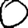
Digit: 0